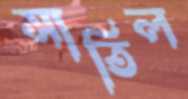
সাতিল